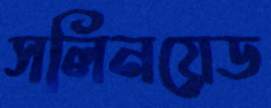
সলিনয়েড